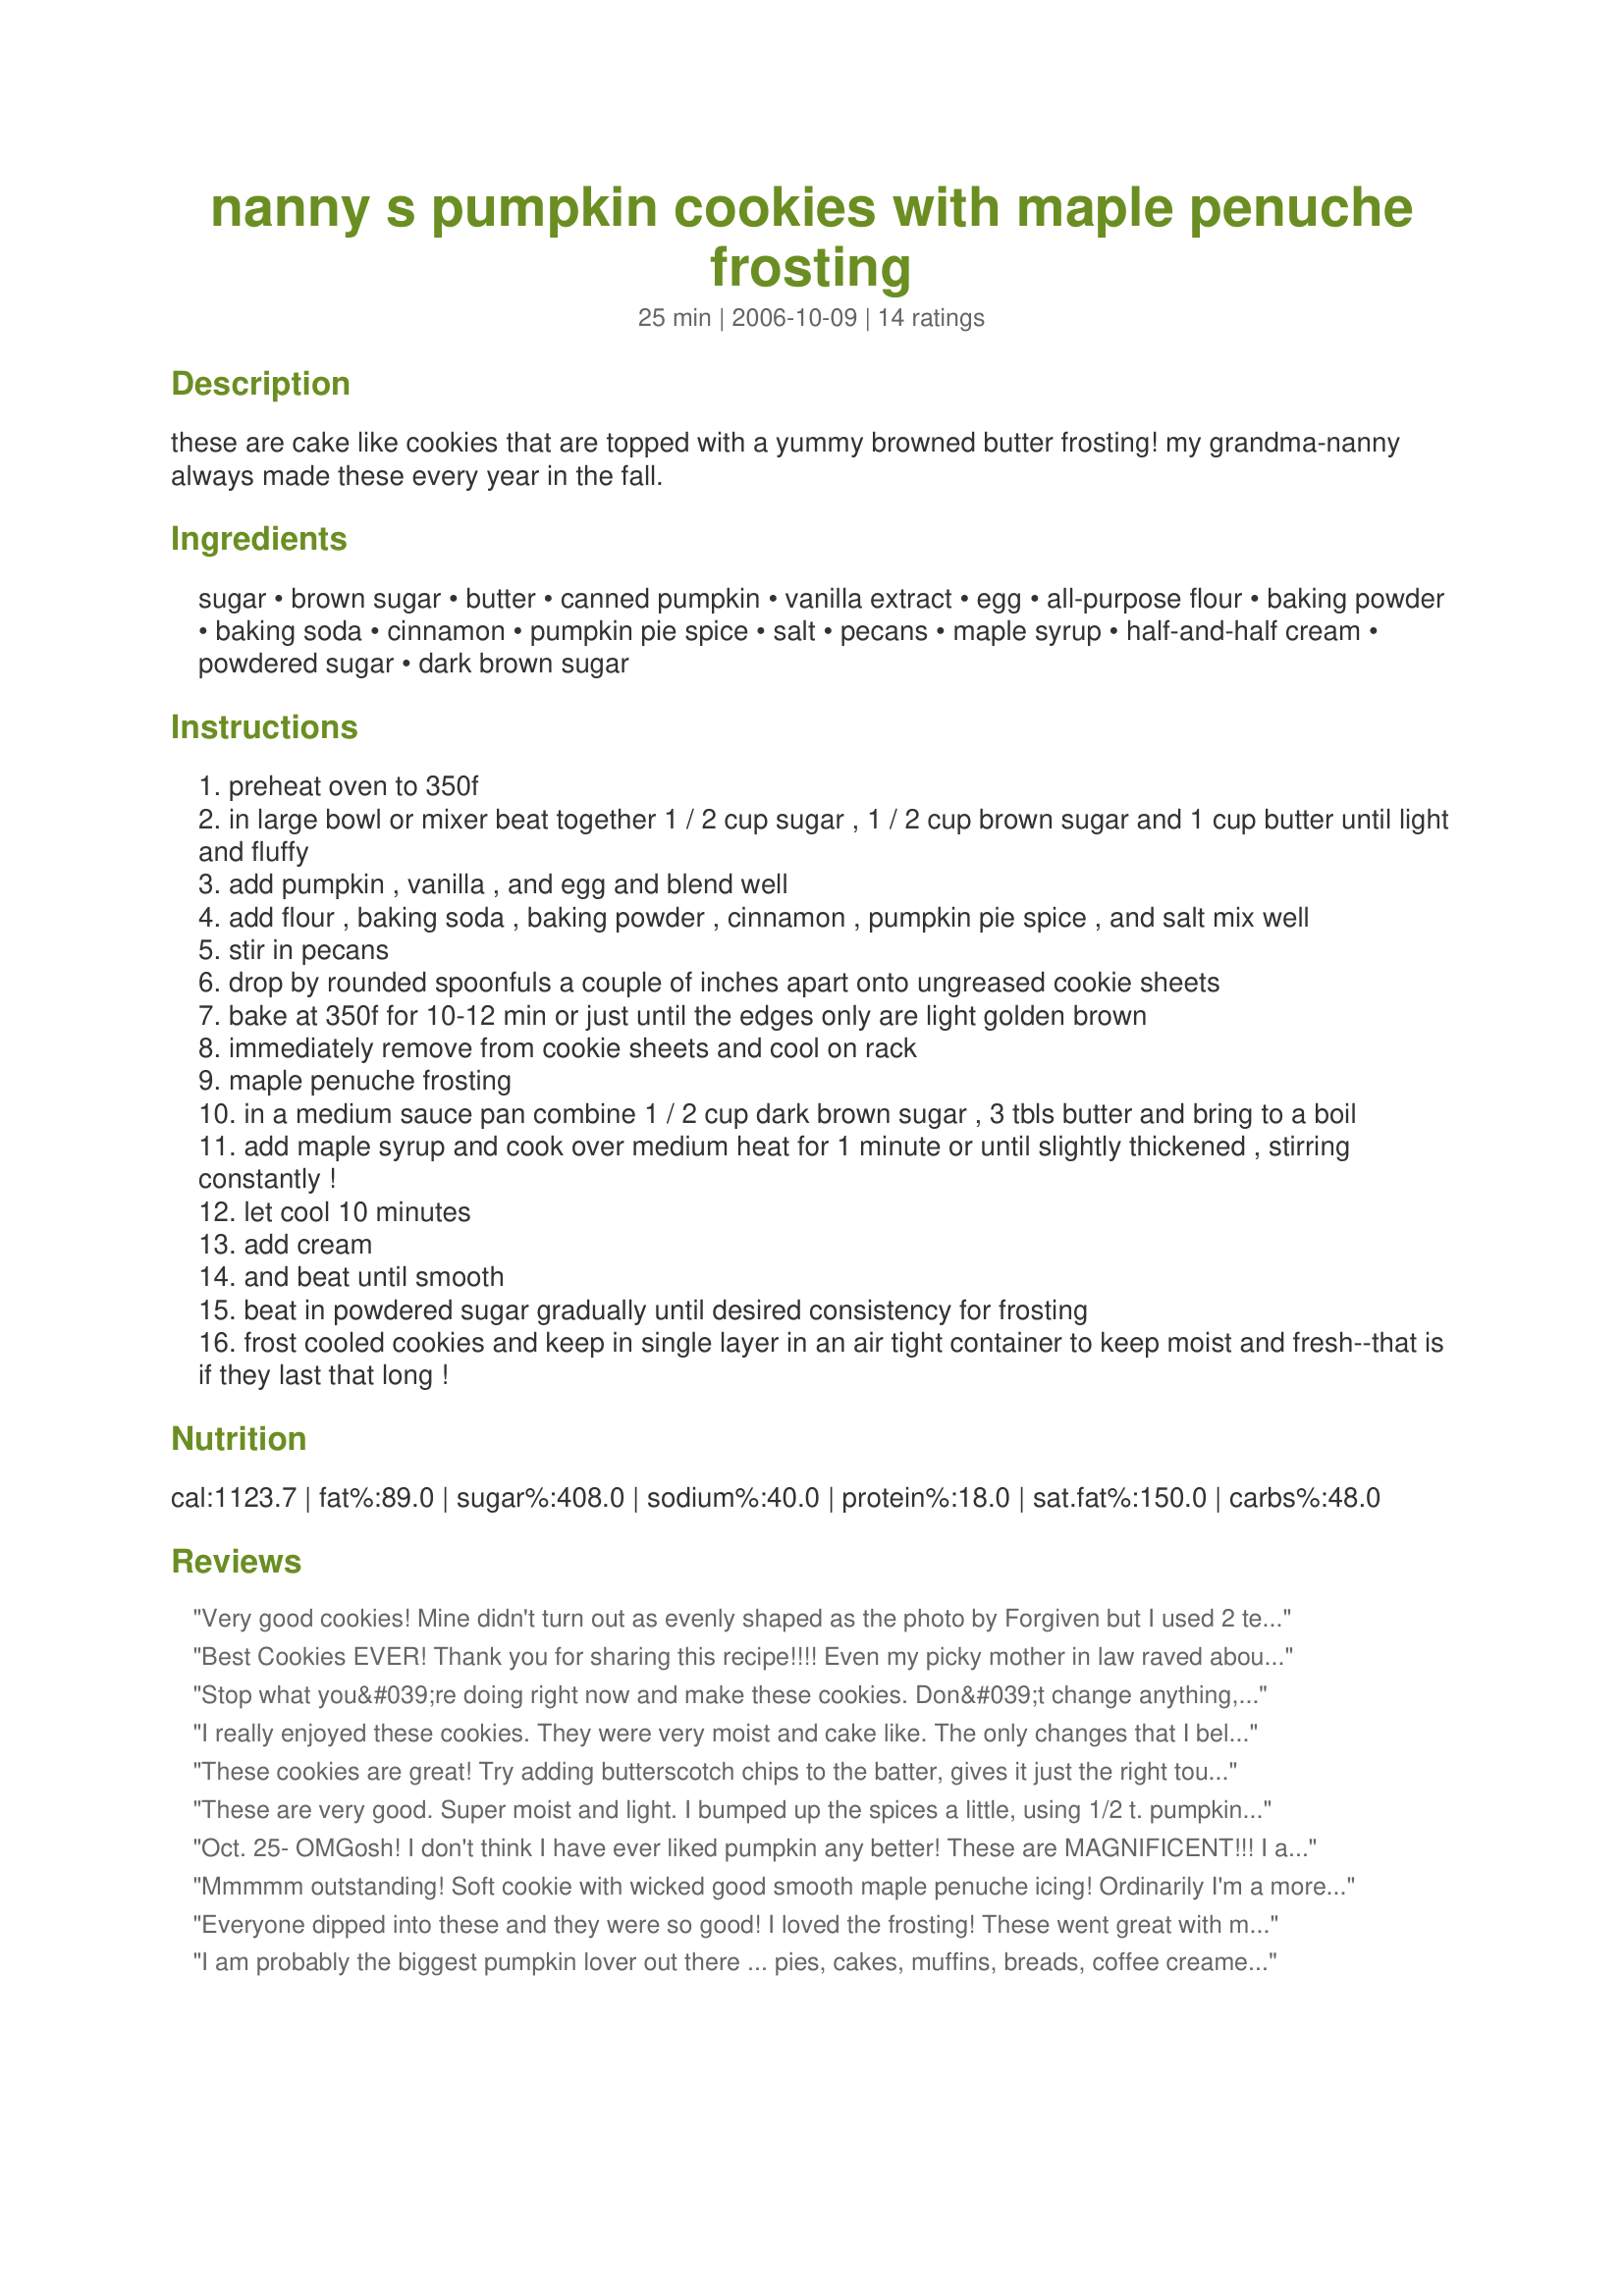
nanny s pumpkin cookies with maple penuche frosting
Preparation time: 25 minutes

these are cake like cookies that are topped with a yummy browned butter frosting! my grandma-nanny always made these every year in the fall.

Ingredients:
sugar, brown sugar, butter, canned pumpkin, vanilla extract, egg, all-purpose flour, baking powder, baking soda, cinnamon, pumpkin pie spice, salt, pecans, maple syrup, half-and-half cream, powdered sugar, dark brown sugar

Steps:
preheat oven to 350f
in large bowl or mixer beat together 1 / 2 cup sugar , 1 / 2 cup brown sugar and 1 cup butter until light and fluffy
add pumpkin , vanilla , and egg and blend well
add flour , baking soda , baking powder , cinnamon , pumpkin pie spice , and salt mix well
stir in pecans
drop by rounded spoonfuls a couple of inches apart onto ungreased cookie sheets
bake at 350f for 10-12 min or just until the edges only are light golden brown
immediately remove from cookie sheets and cool on rack
maple penuche frosting
in a medium sauce pan combine 1 / 2 cup dark brown sugar , 3 tbls butter and bring to a boil
add maple syrup and cook over medium heat for 1 minute or until slightly thickened , stirring constantly !
let cool 10 minutes
add cream
and beat until smooth
beat in powdered sugar gradually until desired consistency for frosting
frost cooled cookies and keep in single layer in an air tight container to keep moist and fresh--that is if they last that long !

Reviews:
Very good cookies! Mine didn't turn out as evenly shaped as the photo by Forgiven but I used 2 teaspoons to drop them instead of a scoop. Wonderful pumpkin flavour, very light texture and fantastic frosting. Thanks, jewelz4jesus (and Nanny).
Best Cookies EVER! Thank you for sharing this recipe!!!! Even my picky mother in law raved about these cookies!
Stop what you&#039;re doing right now and make these cookies. Don&#039;t change anything, just make them. Texture, flavor and everything else is perfect and the icing works for all kinds of sweet breads (banana, zucchini, etc.) One of those recipes that when you find it, you share with everyone. ;)
I really enjoyed these cookies. They were very moist and cake like. The only changes that I believe these cookies could use are...at least 1 Tbs of cin and 1/2 tsp of pumpkin pie spice. I would also add extra maple to the frosting. They were really easy to make and everyone loved eating them.
These cookies are great! Try adding butterscotch chips to the batter, gives it just the right touch! YUUUMMM!!!!
These are very good. Super moist and light. I bumped up the spices a little, using 1/2 t. pumpkin pie spice. I made a browned butter frosting and it worked nicely. I also chose to leave the chopped nuts out, and have a smooth cookie, and instead I placed 1 whole pecan half in the center of each newly frosted cookie - very pretty! Thanks Jewelz!
Oct. 25- OMGosh! I don't think I have ever liked pumpkin any better! These are MAGNIFICENT!!! I am so glad you shared this recipe! They are a must have for my Thanksgiving Holiday!!! These are going to work with me tomorrow and I am already proud before they get there!!! Thank you jewelz4Jesus!!! *** Edited to add- This is my second time making these cookies. I got 41 this time and 42 the last time. Since the recipe says 5 dozen , I guess I am making them too big, but they are not big at all. I used rounded teaspoons. When you drop them, they stay pretty much true to the size. Two tips- #1. I don't suggest cooking these on your stone. The bottoms did much better on my pan cookie sheet. #2. Put the icing on low heat while topping your cookies. The first time I made them the icing got hard before I finished (see pic). This time on low heat, it did great for some nice tops.I also used my melon baller this time and they are came out the same perfect size.

Mmmmm outstanding! Soft cookie with wicked good smooth maple penuche icing! Ordinarily I'm a more chewy/crispy cookie fan but the pumpkin coupled with the maple penuche -OOOoooohh yes! It's that good! I made BIG cookies - a tablespoon of dough at a pop - refrigerated dough for an hour after mixing & flattened with the back of the spoon to shape after dropping onto parchment covered cookie sheet. Let them cool overnight before frosting. Made 28 (big cookies LOL). Will be making this one again & again. Thank you Jewelz4jesus!
Everyone dipped into these and they were so good! I loved the frosting! These went great with my Halloween theme. I just added a little orange food coloring to the frosting!
I am probably the biggest pumpkin lover out there ... pies, cakes, muffins, breads, coffee creamers, etc. My sister brought me 5 of these cookies & let me tell you there is nothing like it in the world! I know I polished off 3 before she left the driveway! It was by far the best cookie I've EVER had! THUMBS UP ... WAY UP

Oh WOW, this is good. They're soft and chewy and the maple frosting just makes this cookie. I did end up with quite a bit of frosting left over. Maybe if I had flattened the cookie a little before baking, I would have had more surface area to cover...
These are so good! I made mine with SmartBlend 50% butter blend, substituted 1/2 cup of the flour with whole wheat flour, skipped the nuts. They came out great. I substituted the half and half for vanilla soymilk (I know it sounds weird, but you do what you have to!) and made more of a glaze than a frosting. Still good though. I agree with one of the other comments that more maple in the frosting would have been good. Still, this is yummy enough to rate five stars! Thanks for sharing!
Very good! Loved the penuche frosting, and the amount was of frosting was perfect. Next time I might put in 1/2 t of pumpkin pie spice but the cookies were delicious as is. Thanks for sharing the recipe!
SO SO SO good! These were perfect, i would change nothing! Thanks for the great recipe. I had a little extra penuche topping so i put it in a container and into the fridge and made a little fudge! YUM
